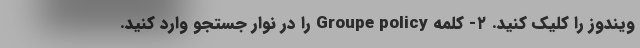
ویندوز را کلیک کنید. ۲- کلمه Groupe policy را در نوار جستجو وارد کنید.